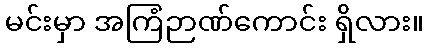
မင်းမှာ အကြံဉာဏ်ကောင်း ရှိလား။